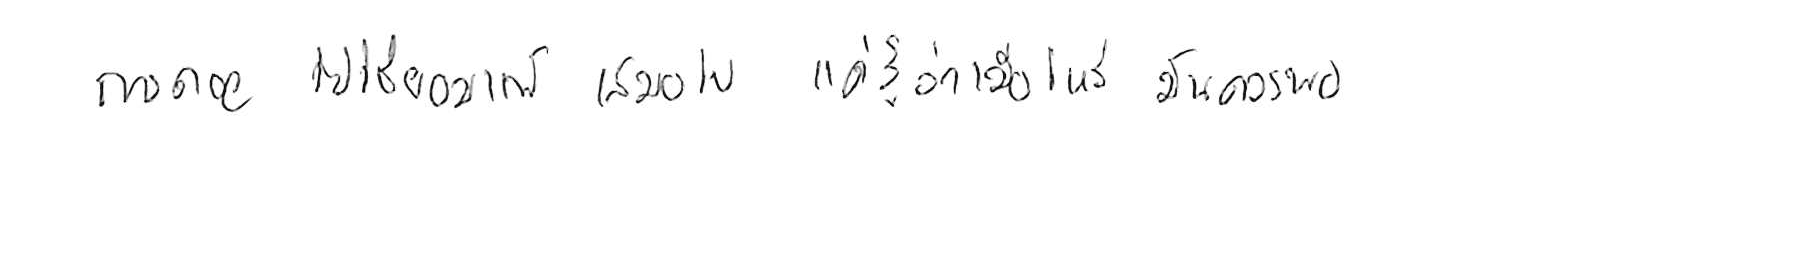
การถอย ไม่ใช่ยอมแพ้ เสมอไป แค่รู้ว่าเมื่อไหร่ มันควรพอ